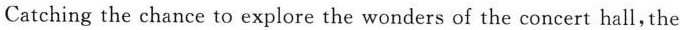
Catching the chance to explore the wonders of the concert hall，the